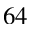
^ { 6 4 }